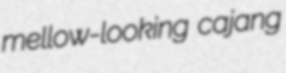
mellow-looking cajang